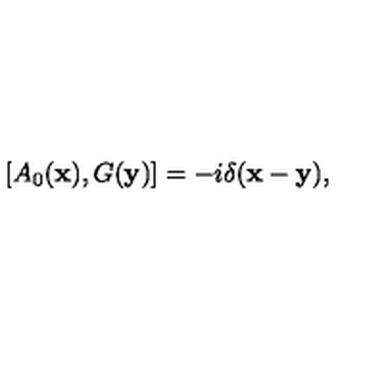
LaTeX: [ A _ { 0 } ( { \bf x } ) , G ( { \bf y } ) ] = - i \delta ( { \bf x - y } ) ,